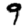
Digit: 9